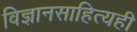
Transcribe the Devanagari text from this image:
विज्ञानसाहित्यही